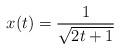
\begin{align*} x(t) = \frac{1}{\sqrt{2t + 1}}\end{align*}